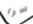
سرا